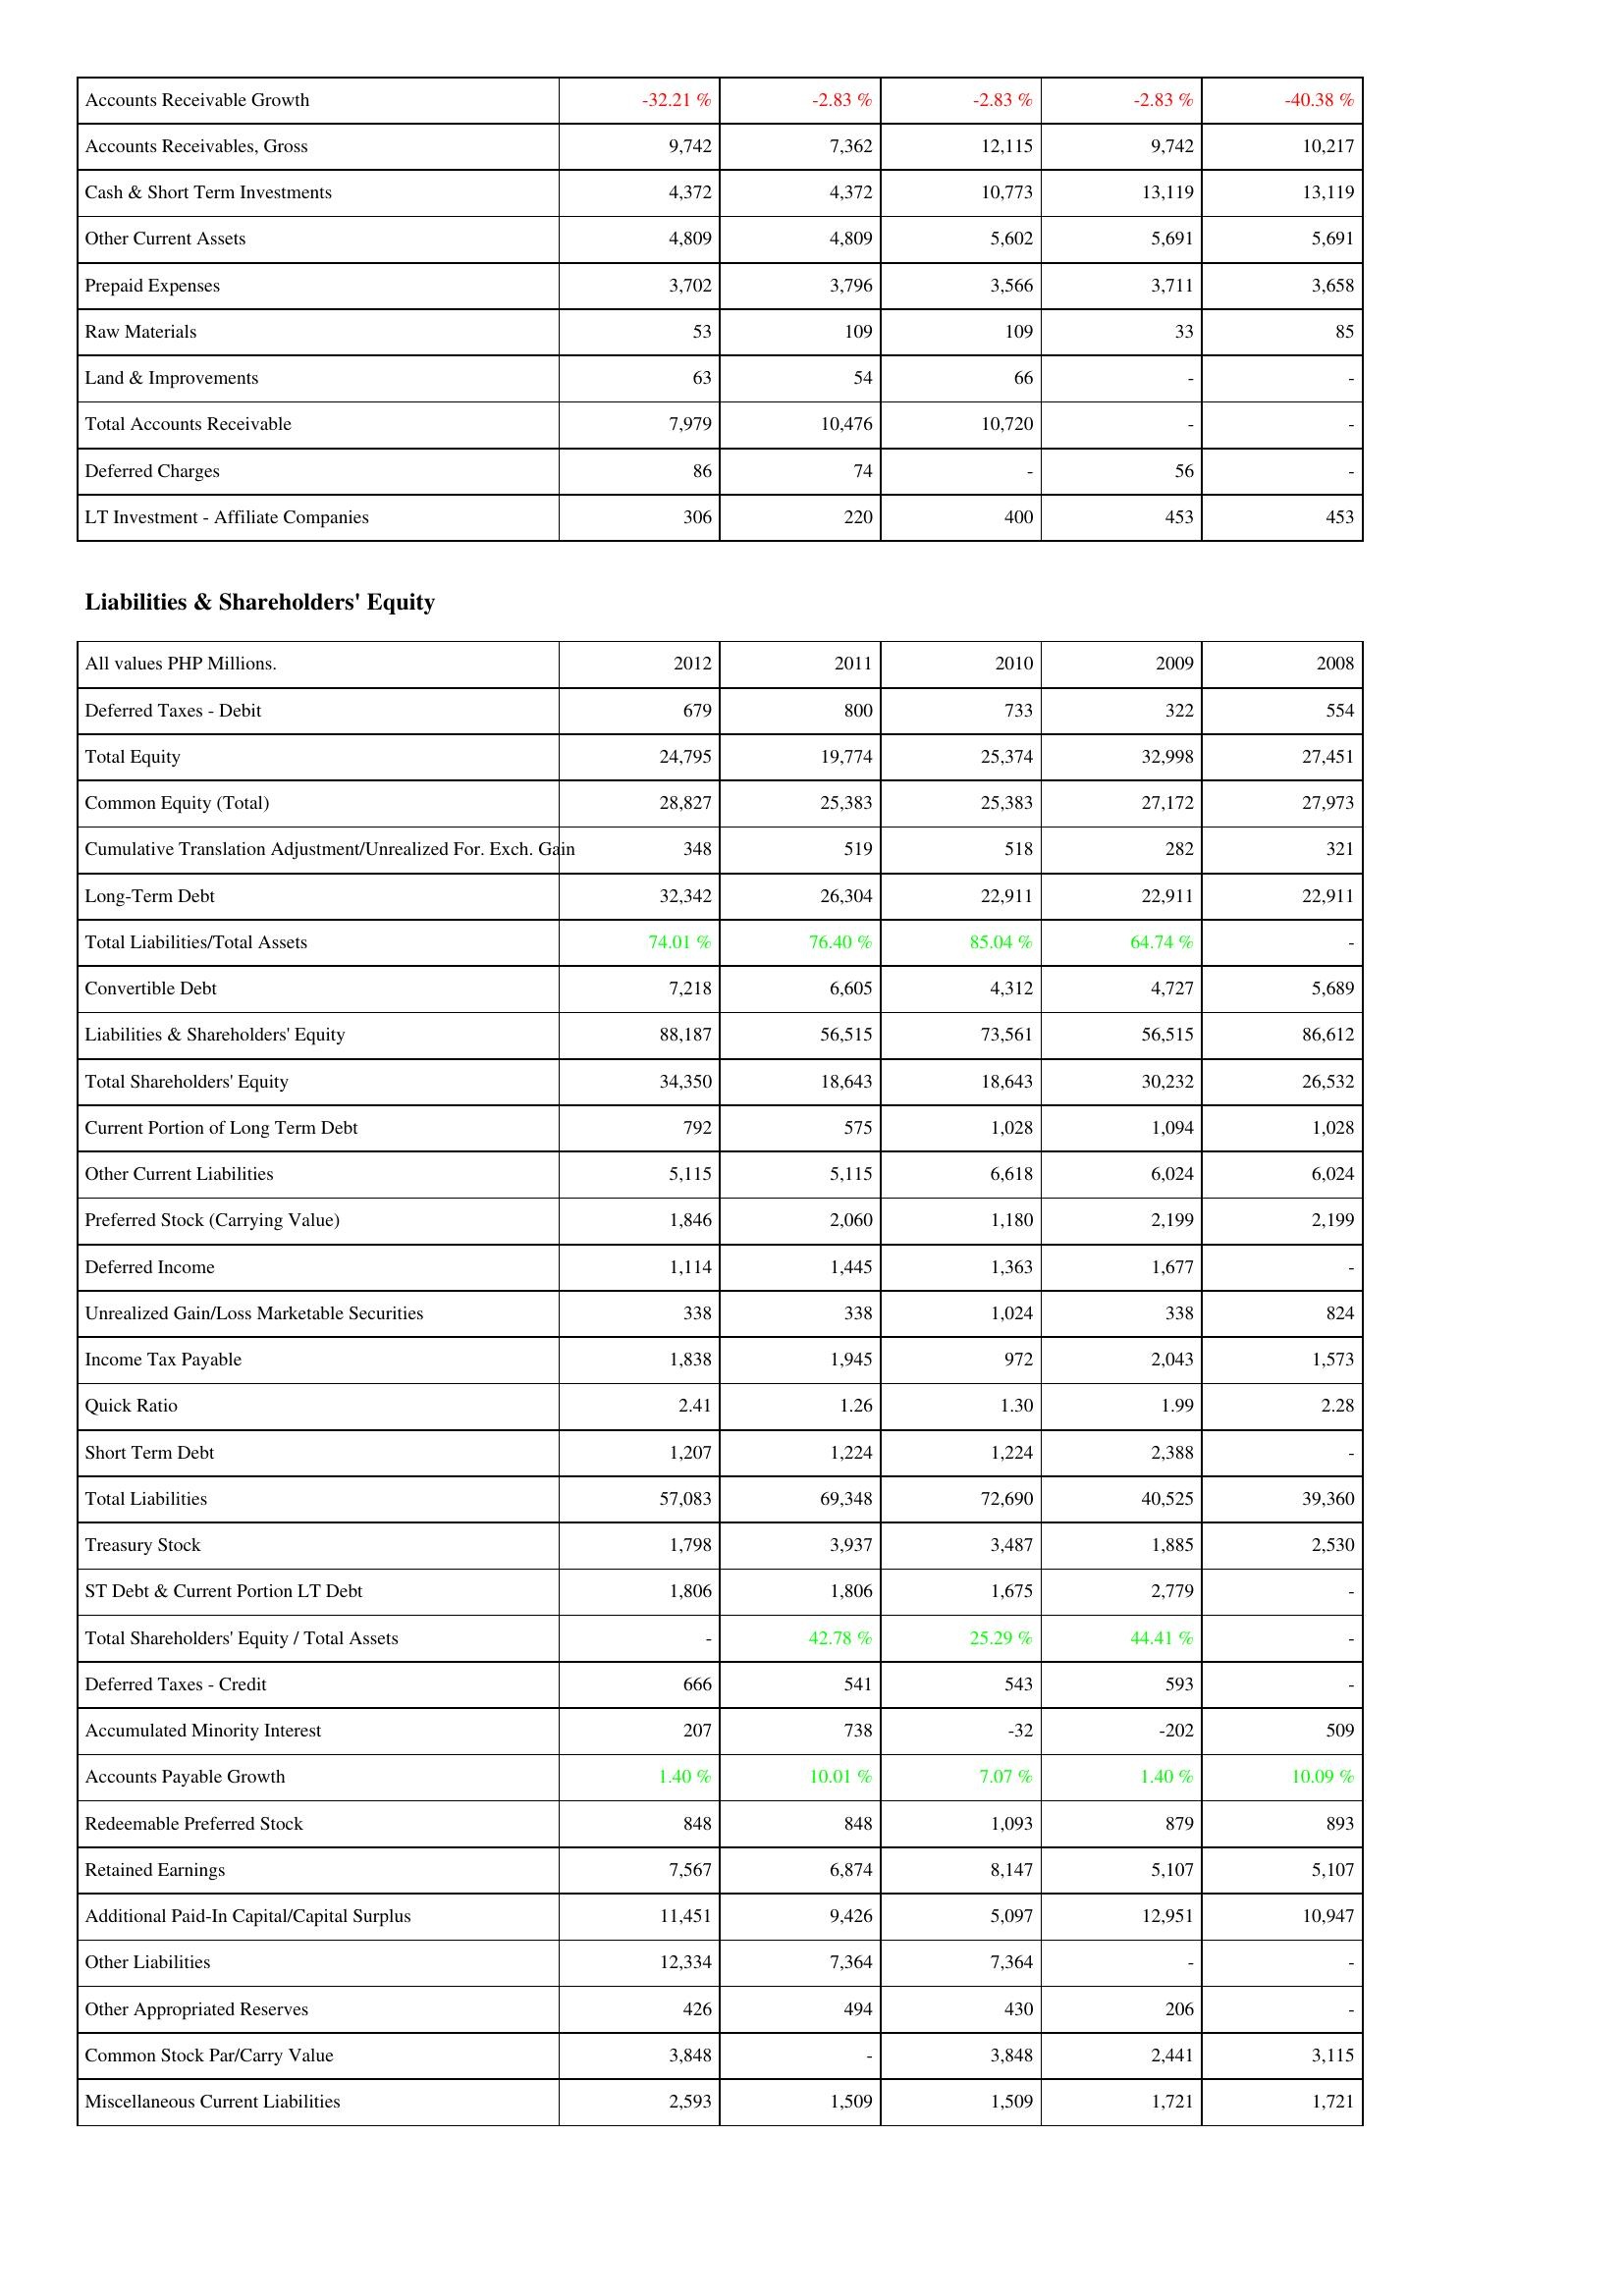
2012: Assets: Accounts Receivable Growth: -32.21 %
Accounts Receivables, Gross: 9,742
Cash & Short Term Investments: 4,372
Other Current Assets: 4,809
Prepaid Expenses: 3,702
Raw Materials: 53
Land & Improvements: 63
Total Accounts Receivable: 7,979
Deferred Charges: 86
LT Investment - Affiliate Companies: 306
Liabilities & Shareholders' Equity: Deferred Taxes - Debit: 679
Total Equity: 24,795
Common Equity (Total): 28,827
Cumulative Translation Adjustment/Unrealized For. Exch. Gain: 348
Long-Term Debt: 32,342
Total Liabilities/Total Assets: 74.01 %
Convertible Debt: 7,218
Liabilities & Shareholders' Equity: 88,187
Total Shareholders' Equity: 34,350
Current Portion of Long Term Debt: 792
Other Current Liabilities: 5,115
Preferred Stock (Carrying Value): 1,846
Deferred Income: 1,114
Unrealized Gain/Loss Marketable Securities: 338
Income Tax Payable: 1,838
Quick Ratio: 2.41
Short Term Debt: 1,207
Total Liabilities: 57,083
Treasury Stock: 1,798
ST Debt & Current Portion LT Debt: 1,806
Total Shareholders' Equity / Total Assets: -
Deferred Taxes - Credit: 666
Accumulated Minority Interest: 207
Accounts Payable Growth: 1.40 %
Redeemable Preferred Stock: 848
Retained Earnings: 7,567
Additional Paid-In Capital/Capital Surplus: 11,451
Other Liabilities: 12,334
Other Appropriated Reserves: 426
Common Stock Par/Carry Value: 3,848
Miscellaneous Current Liabilities: 2,593
2011: Assets: Accounts Receivable Growth: -2.83 %
Accounts Receivables, Gross: 7,362
Cash & Short Term Investments: 4,372
Other Current Assets: 4,809
Prepaid Expenses: 3,796
Raw Materials: 109
Land & Improvements: 54
Total Accounts Receivable: 10,476
Deferred Charges: 74
LT Investment - Affiliate Companies: 220
Liabilities & Shareholders' Equity: Deferred Taxes - Debit: 800
Total Equity: 19,774
Common Equity (Total): 25,383
Cumulative Translation Adjustment/Unrealized For. Exch. Gain: 519
Long-Term Debt: 26,304
Total Liabilities/Total Assets: 76.40 %
Convertible Debt: 6,605
Liabilities & Shareholders' Equity: 56,515
Total Shareholders' Equity: 18,643
Current Portion of Long Term Debt: 575
Other Current Liabilities: 5,115
Preferred Stock (Carrying Value): 2,060
Deferred Income: 1,445
Unrealized Gain/Loss Marketable Securities: 338
Income Tax Payable: 1,945
Quick Ratio: 1.26
Short Term Debt: 1,224
Total Liabilities: 69,348
Treasury Stock: 3,937
ST Debt & Current Portion LT Debt: 1,806
Total Shareholders' Equity / Total Assets: 42.78 %
Deferred Taxes - Credit: 541
Accumulated Minority Interest: 738
Accounts Payable Growth: 10.01 %
Redeemable Preferred Stock: 848
Retained Earnings: 6,874
Additional Paid-In Capital/Capital Surplus: 9,426
Other Liabilities: 7,364
Other Appropriated Reserves: 494
Common Stock Par/Carry Value: -
Miscellaneous Current Liabilities: 1,509
2010: Assets: Accounts Receivable Growth: -2.83 %
Accounts Receivables, Gross: 12,115
Cash & Short Term Investments: 10,773
Other Current Assets: 5,602
Prepaid Expenses: 3,566
Raw Materials: 109
Land & Improvements: 66
Total Accounts Receivable: 10,720
Deferred Charges: -
LT Investment - Affiliate Companies: 400
Liabilities & Shareholders' Equity: Deferred Taxes - Debit: 733
Total Equity: 25,374
Common Equity (Total): 25,383
Cumulative Translation Adjustment/Unrealized For. Exch. Gain: 518
Long-Term Debt: 22,911
Total Liabilities/Total Assets: 85.04 %
Convertible Debt: 4,312
Liabilities & Shareholders' Equity: 73,561
Total Shareholders' Equity: 18,643
Current Portion of Long Term Debt: 1,028
Other Current Liabilities: 6,618
Preferred Stock (Carrying Value): 1,180
Deferred Income: 1,363
Unrealized Gain/Loss Marketable Securities: 1,024
Income Tax Payable: 972
Quick Ratio: 1.30
Short Term Debt: 1,224
Total Liabilities: 72,690
Treasury Stock: 3,487
ST Debt & Current Portion LT Debt: 1,675
Total Shareholders' Equity / Total Assets: 25.29 %
Deferred Taxes - Credit: 543
Accumulated Minority Interest: -32
Accounts Payable Growth: 7.07 %
Redeemable Preferred Stock: 1,093
Retained Earnings: 8,147
Additional Paid-In Capital/Capital Surplus: 5,097
Other Liabilities: 7,364
Other Appropriated Reserves: 430
Common Stock Par/Carry Value: 3,848
Miscellaneous Current Liabilities: 1,509
2009: Assets: Accounts Receivable Growth: -2.83 %
Accounts Receivables, Gross: 9,742
Cash & Short Term Investments: 13,119
Other Current Assets: 5,691
Prepaid Expenses: 3,711
Raw Materials: 33
Land & Improvements: -
Total Accounts Receivable: -
Deferred Charges: 56
LT Investment - Affiliate Companies: 453
Liabilities & Shareholders' Equity: Deferred Taxes - Debit: 322
Total Equity: 32,998
Common Equity (Total): 27,172
Cumulative Translation Adjustment/Unrealized For. Exch. Gain: 282
Long-Term Debt: 22,911
Total Liabilities/Total Assets: 64.74 %
Convertible Debt: 4,727
Liabilities & Shareholders' Equity: 56,515
Total Shareholders' Equity: 30,232
Current Portion of Long Term Debt: 1,094
Other Current Liabilities: 6,024
Preferred Stock (Carrying Value): 2,199
Deferred Income: 1,677
Unrealized Gain/Loss Marketable Securities: 338
Income Tax Payable: 2,043
Quick Ratio: 1.99
Short Term Debt: 2,388
Total Liabilities: 40,525
Treasury Stock: 1,885
ST Debt & Current Portion LT Debt: 2,779
Total Shareholders' Equity / Total Assets: 44.41 %
Deferred Taxes - Credit: 593
Accumulated Minority Interest: -202
Accounts Payable Growth: 1.40 %
Redeemable Preferred Stock: 879
Retained Earnings: 5,107
Additional Paid-In Capital/Capital Surplus: 12,951
Other Liabilities: -
Other Appropriated Reserves: 206
Common Stock Par/Carry Value: 2,441
Miscellaneous Current Liabilities: 1,721
2008: Assets: Accounts Receivable Growth: -40.38 %
Accounts Receivables, Gross: 10,217
Cash & Short Term Investments: 13,119
Other Current Assets: 5,691
Prepaid Expenses: 3,658
Raw Materials: 85
Land & Improvements: -
Total Accounts Receivable: -
Deferred Charges: -
LT Investment - Affiliate Companies: 453
Liabilities & Shareholders' Equity: Deferred Taxes - Debit: 554
Total Equity: 27,451
Common Equity (Total): 27,973
Cumulative Translation Adjustment/Unrealized For. Exch. Gain: 321
Long-Term Debt: 22,911
Total Liabilities/Total Assets: -
Convertible Debt: 5,689
Liabilities & Shareholders' Equity: 86,612
Total Shareholders' Equity: 26,532
Current Portion of Long Term Debt: 1,028
Other Current Liabilities: 6,024
Preferred Stock (Carrying Value): 2,199
Deferred Income: -
Unrealized Gain/Loss Marketable Securities: 824
Income Tax Payable: 1,573
Quick Ratio: 2.28
Short Term Debt: -
Total Liabilities: 39,360
Treasury Stock: 2,530
ST Debt & Current Portion LT Debt: -
Total Shareholders' Equity / Total Assets: -
Deferred Taxes - Credit: -
Accumulated Minority Interest: 509
Accounts Payable Growth: 10.09 %
Redeemable Preferred Stock: 893
Retained Earnings: 5,107
Additional Paid-In Capital/Capital Surplus: 10,947
Other Liabilities: -
Other Appropriated Reserves: -
Common Stock Par/Carry Value: 3,115
Miscellaneous Current Liabilities: 1,721